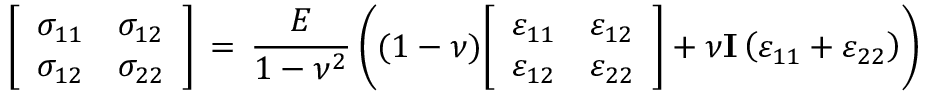
{ \left[ \begin{array} { l l } { \sigma _ { 1 1 } } & { \sigma _ { 1 2 } } \\ { \sigma _ { 1 2 } } & { \sigma _ { 2 2 } } \end{array} \right] } \, = \, { \frac { E } { 1 - \nu ^ { 2 } } } \left( ( 1 - \nu ) { \left[ \begin{array} { l l } { \varepsilon _ { 1 1 } } & { \varepsilon _ { 1 2 } } \\ { \varepsilon _ { 1 2 } } & { \varepsilon _ { 2 2 } } \end{array} \right] } + \nu \mathbf { I } \left( \varepsilon _ { 1 1 } + \varepsilon _ { 2 2 } \right) \right)